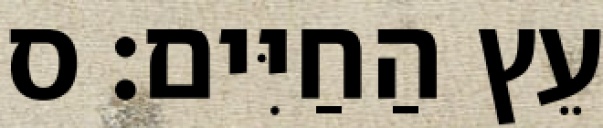
עֵץ הַחַיִּים׃ ס